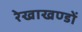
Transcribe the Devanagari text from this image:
रेखाखण्डों